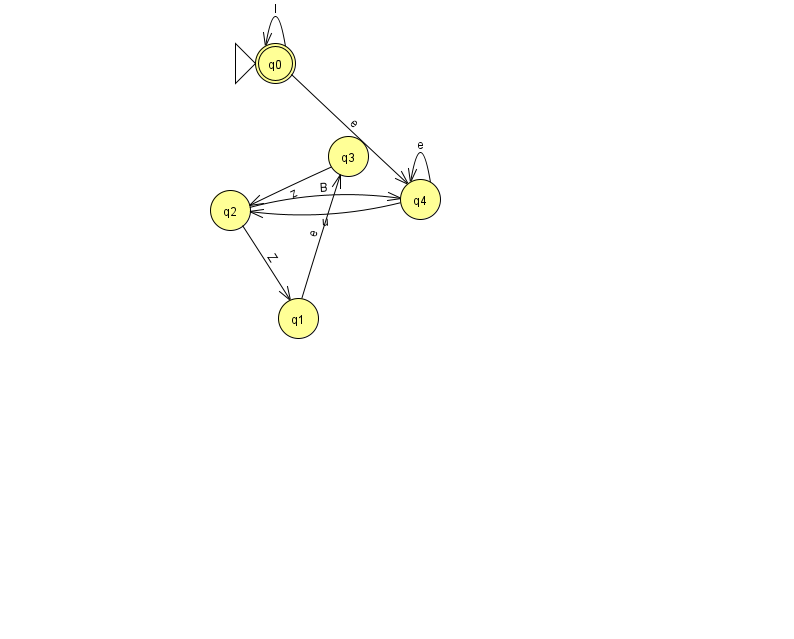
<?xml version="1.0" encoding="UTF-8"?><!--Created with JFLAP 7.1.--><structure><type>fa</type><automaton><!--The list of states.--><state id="0" name="q0"><x>275.0</x><y>50.0</y><initial/><final/></state><state id="1" name="q1"><x>298.0</x><y>305.0</y></state><state id="2" name="q2"><x>230.0</x><y>197.0</y></state><state id="3" name="q3"><x>348.0</x><y>143.0</y></state><state id="4" name="q4"><x>420.0</x><y>186.0</y></state><!--The list of transitions.--><transition><from>2</from><to>1</to><read>Z</read></transition><transition><from>2</from><to>4</to><read>B</read></transition><transition><from>4</from><to>2</to><read>u</read></transition><transition><from>4</from><to>4</to><read>e</read></transition><transition><from>0</from><to>4</to><read>e</read></transition><transition><from>1</from><to>3</to><read>e</read></transition><transition><from>0</from><to>0</to><read>l</read></transition><transition><from>3</from><to>2</to><read>z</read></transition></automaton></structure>